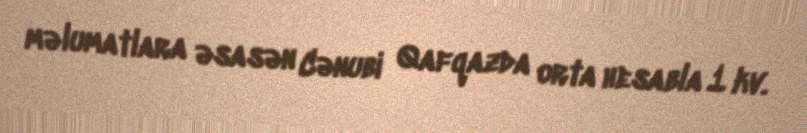
məlumatlara əsasən Cənubi Qafqazda orta hesabla 1 kv.